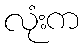
လုံးက